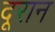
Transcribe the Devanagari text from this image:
दूरान